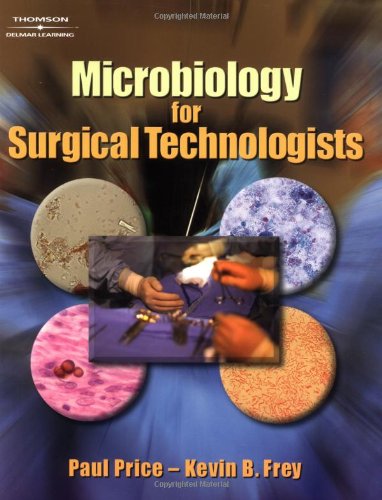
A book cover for Microbiology for Surgical Technologists; Paul Price; Medical Books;